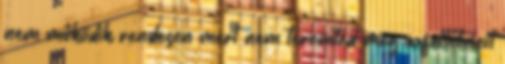
nem mûködik rendesen mert nem teremted meg a feltételeit